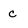
Character: c